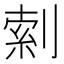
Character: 𫦎